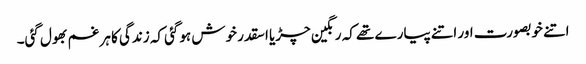
اتنے خوبصورت اور اتنے پیارے تھے کہ رنگین چڑیا اسقدر خوش ہوگئی کہ زندگی کا ہر غم بھول گئی۔